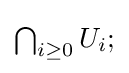
{\textstyle \bigcap _{i\geq 0}U_{i};}